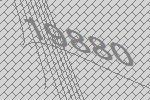
19880